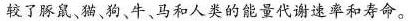
较了豚鼠、猫、狗、牛、马和人类的能量代谢速率和寿命。